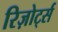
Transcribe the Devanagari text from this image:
रिज़ोर्ट्स